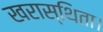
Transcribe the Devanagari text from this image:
खरास्थिता।